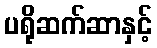
ပရိုဆက်ဆာနှင့်